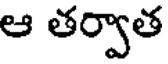
ఆ తర్వాత